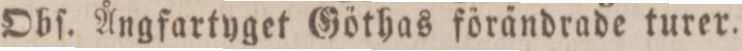
Obſ. Ångfartyget Göthas förändrade turer.